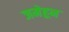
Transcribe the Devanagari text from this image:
जमेहून